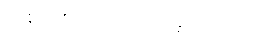
သစ်တစ်တုံးသို့ သုဉ်းခဲ့ပါကလား။